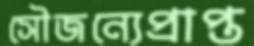
সৌজন্যেপ্রাপ্ত